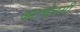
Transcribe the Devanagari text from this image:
कटचेनसी